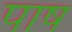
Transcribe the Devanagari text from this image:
पाष